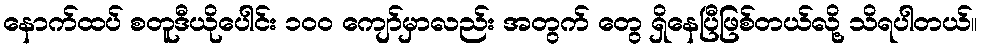
နောက်ထပ် စတူဒီယိုပေါင်း ၁၀၀ ကျော်မှာလည်း အတွက် တွေ ရှိနေပြီဖြစ်တယ်လို့ သိရပါတယ်။